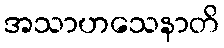
အသာဟသေနာတိ